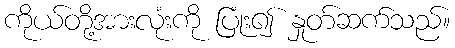
ကိုယ်တို့အားလုံးကို ပြုံး၍ နှုတ်ဆက်သည်။